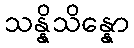
သန္နိသိန္နော